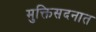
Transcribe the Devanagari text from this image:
मुक्तिसदनात